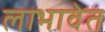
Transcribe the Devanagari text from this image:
लाभावेत